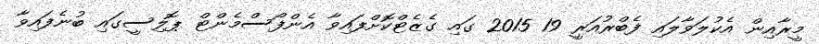
މީރާއިން އެކުލަވާލައި ފެބްރުއަރީ 19 2015 ގައި ގެޒެޓްކޮށްފައިވާ އެންފޯސްމެންޓް ޕޮލިސީގައި ބުނެފައިވާ